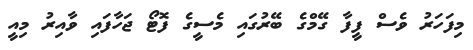
މިފަހަރު ވެސް ފީފާ ގޭމްގެ ބޭރުގައި މެސީގެ ފޮޓޯ ޖަހާފައި ވާއިރު މިއީ